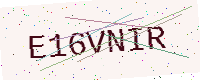
Text: E16VNIR